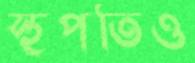
স্থপতিও